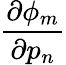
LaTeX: \frac{\partial\phi_{m}}{\partial p_{n}}